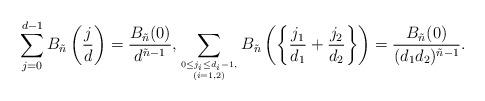
LaTeX: \begin{align*}\sum_{j=0}^{d-1}B_{\tilde{n}}\left(\frac{j}{d}\right)=\frac{B_{\tilde{n}} (0) }{d^{\tilde{n}-1}}, \sum_{0\le j_i\le d_i-1,\atop(i=1,2)}B_{\tilde{n}}\left(\left\{\frac{j_1}{d_1}+\frac{j_2}{d_2}\right\}\right)=\frac{B_{\tilde{n}} (0) }{(d_1d_2)^{\tilde{n}-1}}.\end{align*}